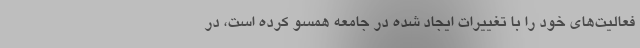
فعاليت‌هاي خود را با تغییرات ایجاد شده در جامعه همسو کرده است، در